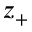
z _ { + }